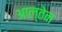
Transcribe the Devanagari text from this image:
आल्तेन